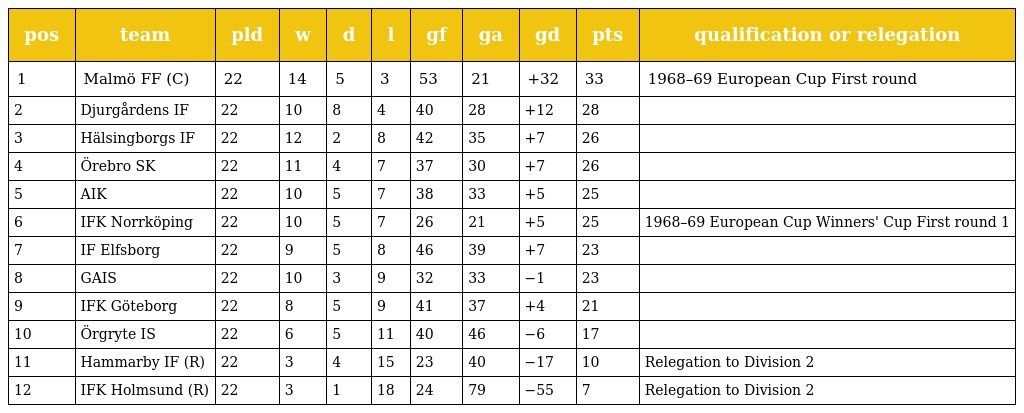
| pos | team | pld | w | d | l | gf | ga | gd | pts | qualification or relegation |
 | --- | --- | --- | --- | --- | --- | --- | --- | --- | --- | --- |
 | 1 | Malmö FF (C) | 22 | 14 | 5 | 3 | 53 | 21 | +32 | 33 | 1968–69 European Cup First round |
 | 2 | Djurgårdens IF | 22 | 10 | 8 | 4 | 40 | 28 | +12 | 28 |  |
 | 3 | Hälsingborgs IF | 22 | 12 | 2 | 8 | 42 | 35 | +7 | 26 |  |
 | 4 | Örebro SK | 22 | 11 | 4 | 7 | 37 | 30 | +7 | 26 |  |
 | 5 | AIK | 22 | 10 | 5 | 7 | 38 | 33 | +5 | 25 |  |
 | 6 | IFK Norrköping | 22 | 10 | 5 | 7 | 26 | 21 | +5 | 25 | 1968–69 European Cup Winners' Cup First round 1 |
 | 7 | IF Elfsborg | 22 | 9 | 5 | 8 | 46 | 39 | +7 | 23 |  |
 | 8 | GAIS | 22 | 10 | 3 | 9 | 32 | 33 | −1 | 23 |  |
 | 9 | IFK Göteborg | 22 | 8 | 5 | 9 | 41 | 37 | +4 | 21 |  |
 | 10 | Örgryte IS | 22 | 6 | 5 | 11 | 40 | 46 | −6 | 17 |  |
 | 11 | Hammarby IF (R) | 22 | 3 | 4 | 15 | 23 | 40 | −17 | 10 | Relegation to Division 2 |
 | 12 | IFK Holmsund (R) | 22 | 3 | 1 | 18 | 24 | 79 | −55 | 7 | Relegation to Division 2 |